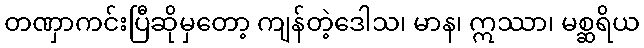
တဏှာကင်းပြီဆိုမှတော့ ကျန်တဲ့ဒေါသ၊ မာန၊ ဣဿာ၊ မစ္ဆရိယ